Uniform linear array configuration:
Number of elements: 64
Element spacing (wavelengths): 0.5
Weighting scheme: blackman
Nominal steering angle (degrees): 0
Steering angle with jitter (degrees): -0.2686
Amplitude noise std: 0.05
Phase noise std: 0.05

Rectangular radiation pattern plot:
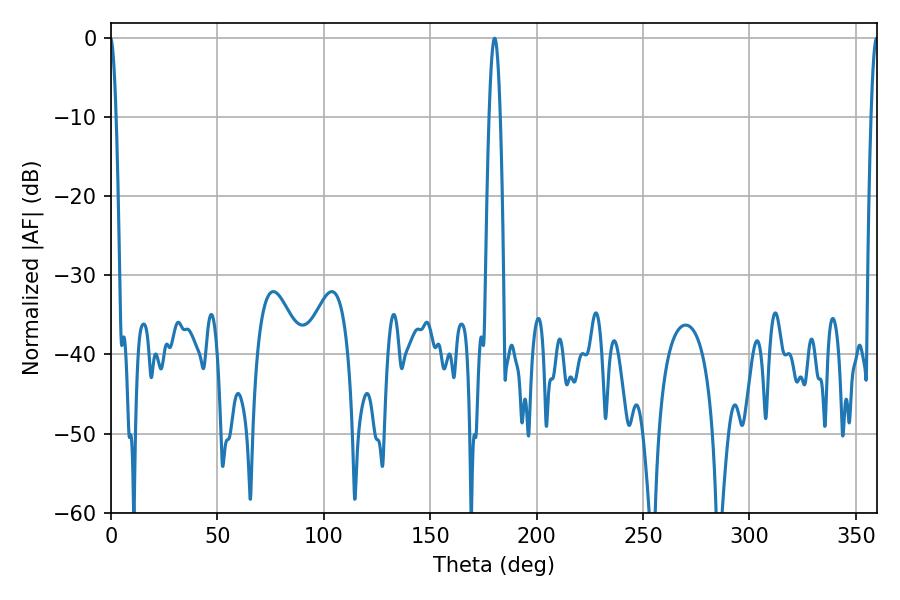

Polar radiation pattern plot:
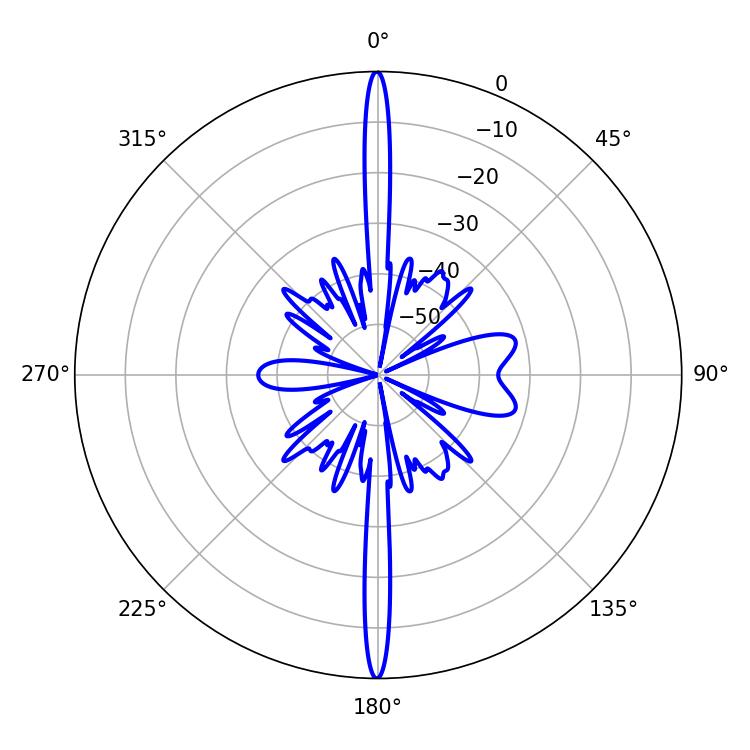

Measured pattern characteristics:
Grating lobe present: FALSE
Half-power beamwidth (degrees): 2.7
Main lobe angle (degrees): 180.18